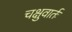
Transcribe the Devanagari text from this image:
चक्षुवार्तः